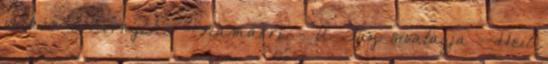
vulkán s környéke --Namarre - A Tűz sivatagja --Heil